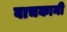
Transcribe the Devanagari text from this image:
वाचकानी